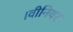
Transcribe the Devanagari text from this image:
।वीनियर